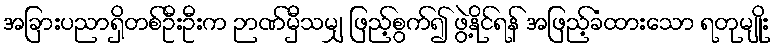
အခြားပညာရှိတစ်ဦးဦးက ဉာဏ်မှီသမျှ ဖြည့်စွက်၍ ဖွဲ့နိုင်ရန် အဖြည့်ခံထားသော ရတုမျိုး